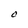
Character: O